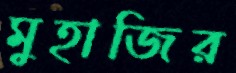
মুহাজির